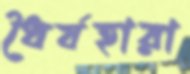
ধৈর্যহারা